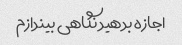
اجازه بدهید نگاهی بیندازم